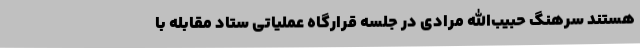
هستند سرهنگ حبیب‌الله مرادی در جلسه قرارگاه عملیاتی ستاد مقابله با